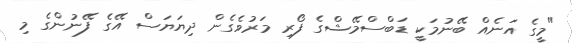
"މީގެ އަނެއް ބޭނުމަކީ ޑަބްސްމޭޝްގެ ފޯރި މަރުވެގެން ދިޔަޔަސް އޭގެ ފޭނުންގެ މި